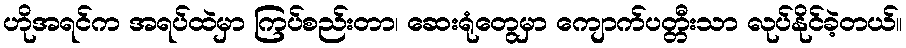
ဟိုအရင်က အရပ်ထဲမှာ ကြပ်စည်းတာ၊ ဆေးရုံတွေမှာ ကျောက်ပတ္တီးသာ လုပ်နိုင်ခဲ့တယ်။